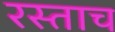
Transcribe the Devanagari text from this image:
रस्ताच